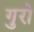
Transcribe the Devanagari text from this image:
गुरो